Jaan_Tonisson_(Lasteleht), lk 535
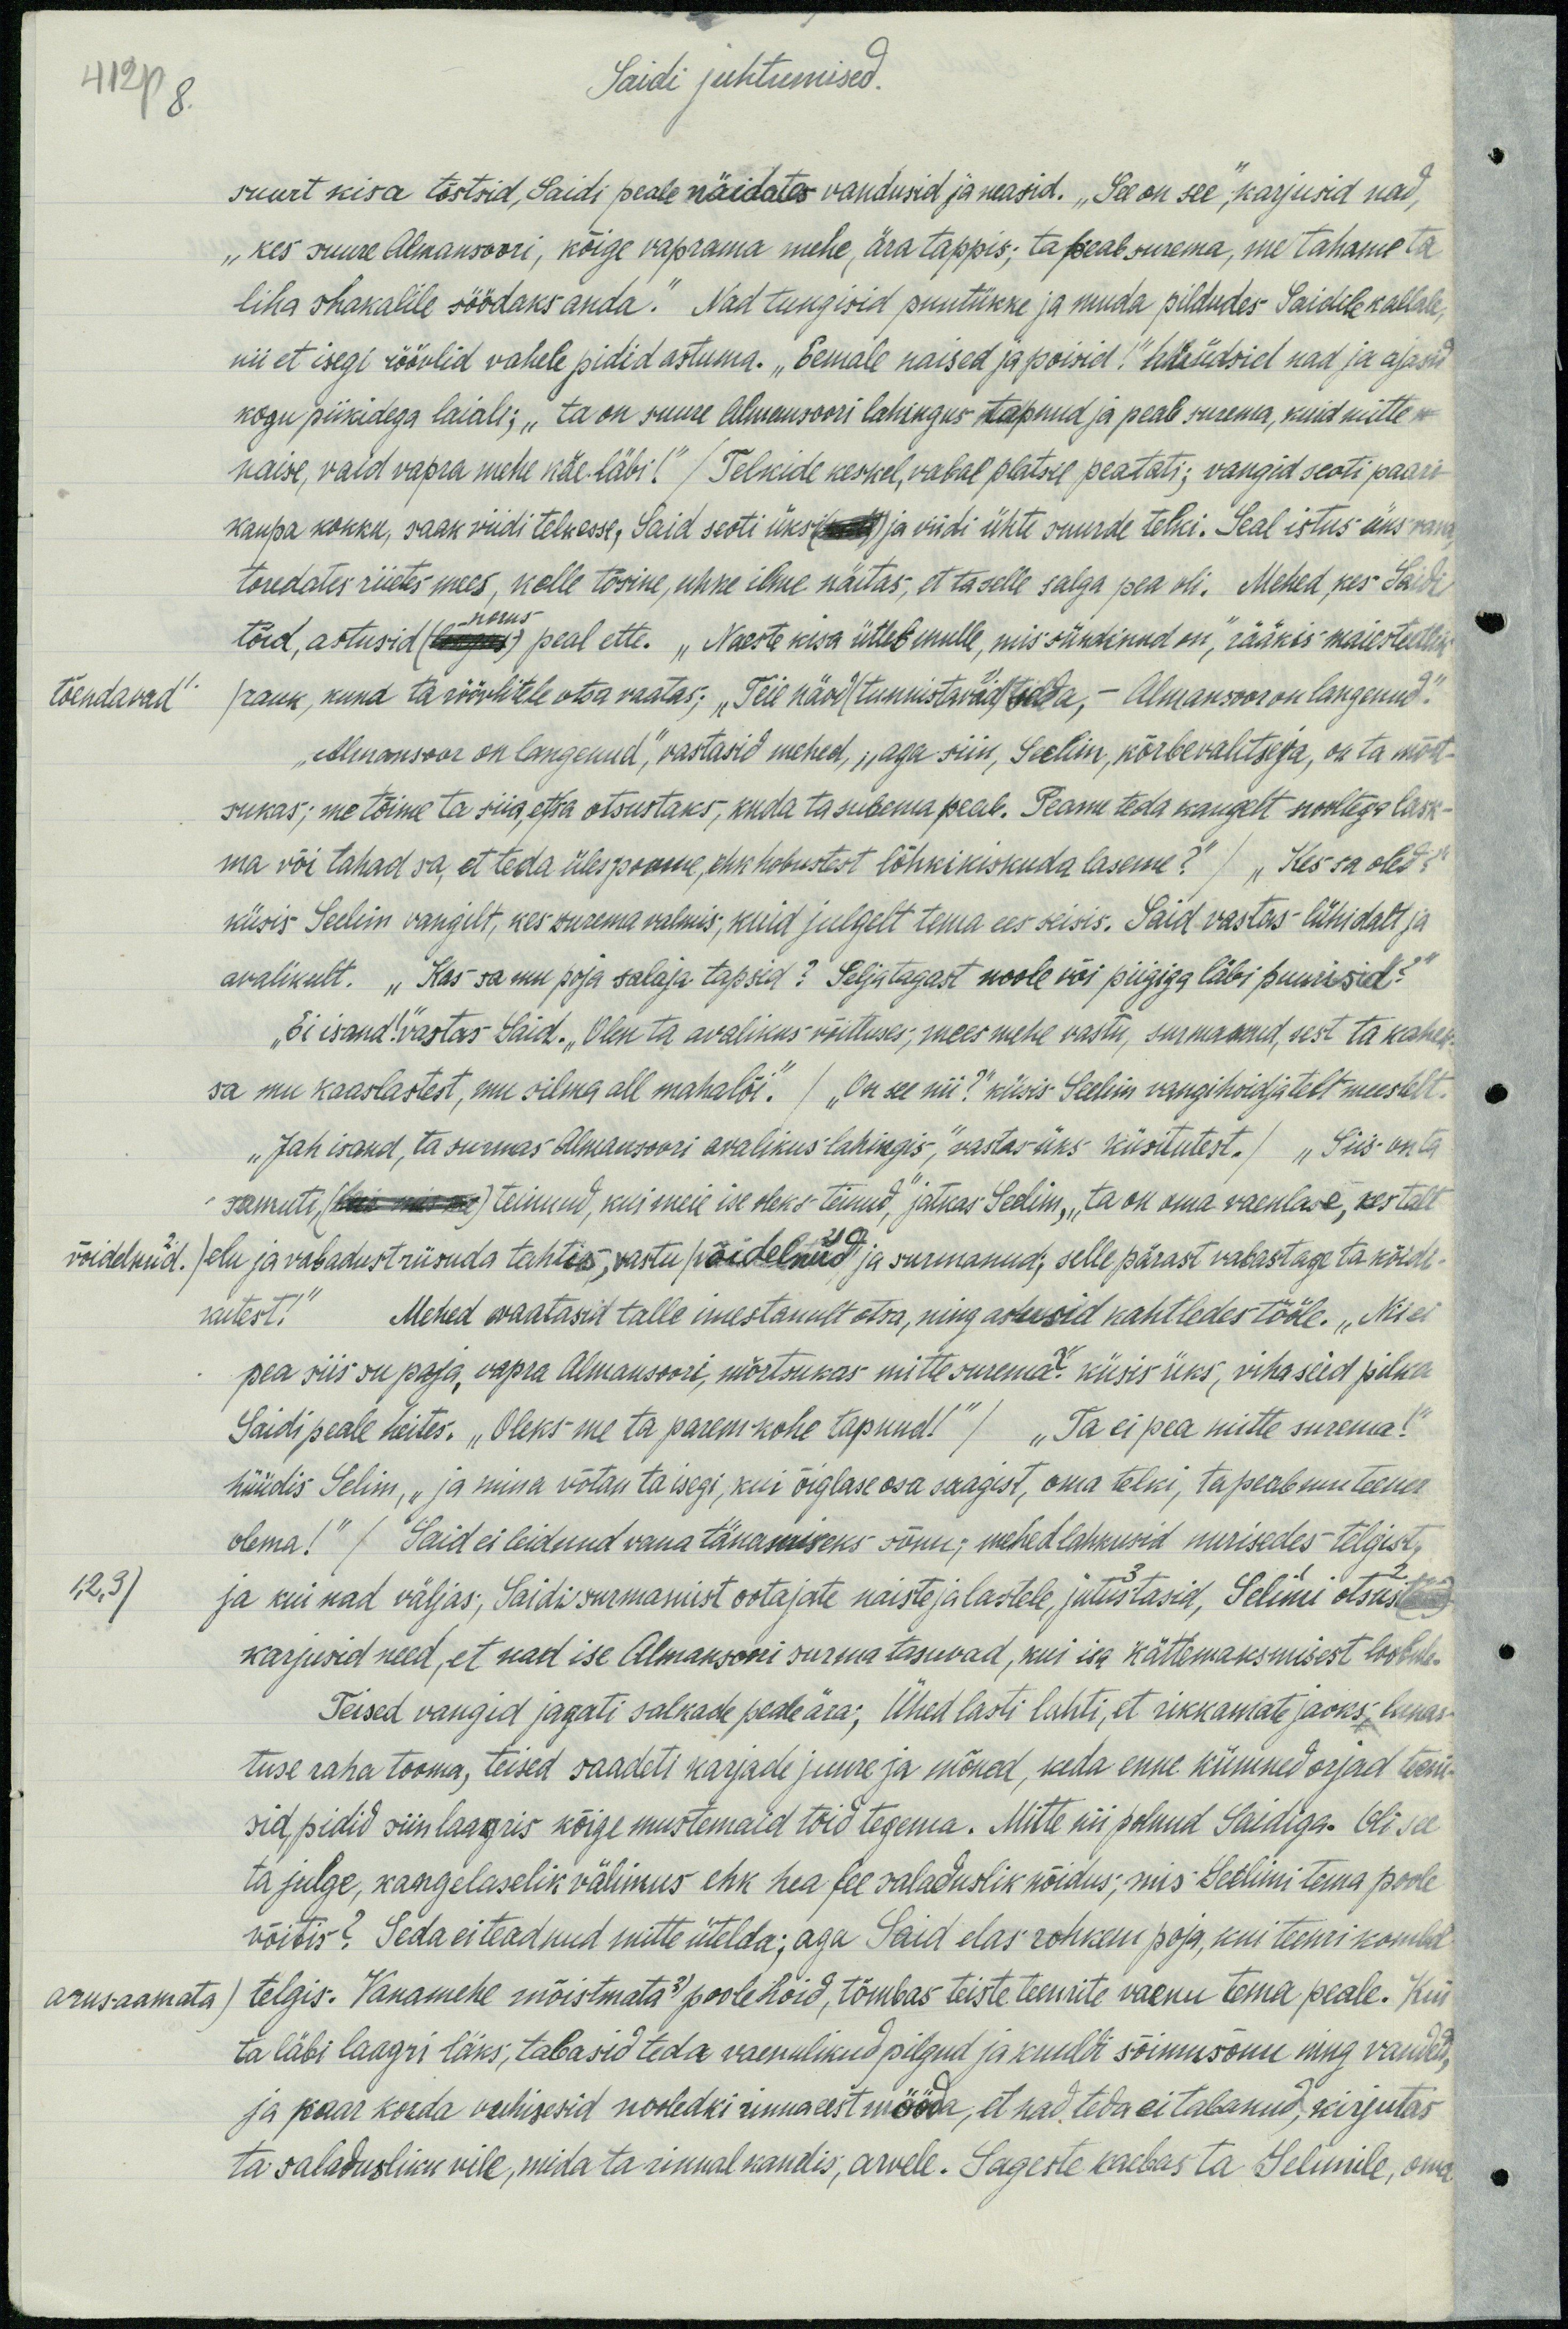
412p 8.
Saidi juhtumised.
suurt kisa tõstsid, Saidi peale näidates vandusid ja neasid. "See on see", karjusid nad,
„kes suure Almansoori, kõige vaprama mehe, ära tappis; ta peab surema, me tahame ta
lihas shakalile söödaks anda." Nad tungisid puutükke ja muda pildudes Saidile kallale,
nii et isegi röövlid vahele pidid astuma. „Eemale naised ja poisid!" hüüdsid nad ja ajasid
kogu piikidega laiali; „ta on suure Almansoori lahingus, tapnud ja peab surema, kuid mitte
naise, vaid vappa mehe käe läbi!" /Telkide keskel, vabal platsil peatati; vangid seoti paari-
kaupa kokku, saak viidi telkesse. Said seoti ja viidi ühte suurde telki. Seal istus üks vana
toredates riides mees, kelle tõsine, uhke ilme näitas, et ta selle salga pea oli. Mehed, kes Saidi
tõid, astusid peal ette. „Naeste kisa ütleb mulle, mis sündinud on," rääkis maiesteetlik
norus
tõendavad rauk, kuna ta röövlitele otsa vaatas. „Teie näod tunnistavad seda - Almansoor on langenud.“
„Almansoor on langenud," vastasid mehed, „aga siin, Seelim, kõrbevalitseja, on ta mõrt-
sukas; me tõime ta siia et sa otsustaks, kuda ta surema peab. Peame teda kaugelt noolega lask-
ma või tahad sa, et teda ülespoome, ehk hobustest lõhkikiskuda laseme?“ „Kes sa oled?"
küsis Seelim vangilt, kes surema valmis, kuid julgelt tema ees seisis. Said vastas lühidalt ja
avalikult. "Kas sa mu poja salaja tapsid? Seljatagast noole või piigiga läbi puurisid?"
„Ei isand"vastas Said. „Olen ta avalikus võitluses; mees mehe vastu, surmanud, sest ta kahek
sa mu kaaslastest, mu silma all maha lõi." / "On see nii?" küsis Seelim vangihoidjatalt meestelt,
„Jah isand, ta surmas Almansoori avalikus lahingis,“ vastas üks küsitutest./ „Siis on ta
samuti teinund, kui meie ise oleks teinud," jätkas Seelim, „ta on oma vaenlase, kes talt
võidelnud. / elu ja vabadust riisuda tahtis, vastu/  võidelnud ja surmanud, selle pärast vabastaga ta köidi-
kutest!" Mehed vaatasid talle imestanult otsa, ning astusid kahtledes tööle. „Nii ei
pea siis su poja, vapra Almansoori, mõrtsukas mitte surema: küsis üks, vihaseid pilka
Saidi peale heites. "Oleks me ta parem kohe tapnud!" /Ta ei pea mitte surema!"
hüüdis Selim, „ja mina võtan ta isegi, kui õiglase osa saagist, oma telki, ta peab mu teener
olema!" / Said ei leidnud vana tänamiseks sõnu; mehed lahkusid nurisedes telgist,
1,2.3) ja kui nad väljas, Saidi surmamist ootajate naiste ja lastele, jutustasid, Selimi otsust
karjusid need, et nad ise Almansoori surma tasuvad, kui isa kättemaksmisest loobub.
Teised vangid jagati salkade peale ära; Ühed lasti lahti, et rikkamate jaoks, lunas-
tuse raha tooma, teised saadeti karjade juure ja mõned, keda enne kümned orjad tem-
sid pidid siinlaagris kõige mustemaid tõid tegema. Mitte nii polnud Saidiga. Oli see
ta julge, kangelaselik välimus ehk hea fee saladuslik nõidus, mis Seelimi tema poole
võitis? Seda ei teadnud mitte ütelda: aga Said elas rohkem poja, kui teenri kombel
arusaamata/ telgis. Vanamehe mõistmata poolehoid, tõmbas teiste teenite vaenu tema peale. Kui
ta läbi laagri läks, tabasid teda vaenulikud pilgud ja kuuldi sõimusõnu ning vandeid;
ja paar korda vuhisesid nooledki rinnaeest mööda, et nad teda ei tabanud, kirjutas
ta saladusliku vile, mida ta rinnal kandis, arvele. Sageste kaebas ta Selimile, oma